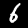
Label: 6